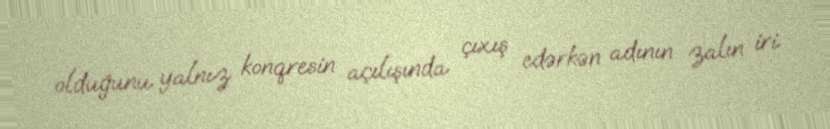
olduğunu yalnız konqresin açılışında çıxış edərkən adının zalın iri